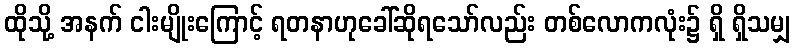
ထိုသို့ အနက် ငါးမျိုးကြောင့် ရတနာဟုခေါ်ဆိုရသော်လည်း တစ်လောကလုံး၌ ရှိ ရှိသမျှ